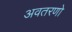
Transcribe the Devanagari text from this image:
अवतरणो